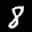
Label: 8